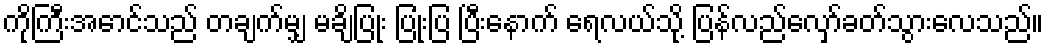
ကိုကြီးအောင်သည် တချက်မျှ မချိပြုံး ပြုံးပြ ပြီးနောက် ရေလယ်သို့ ပြန်လည်လှော်ခတ်သွားလေသည်။